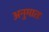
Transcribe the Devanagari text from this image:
अनुमातः